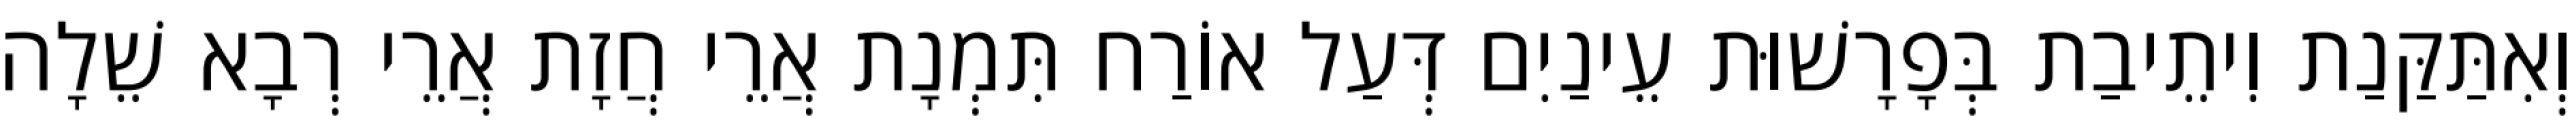
וְאִתַּקַּנַת וִיתֵיבַת בְּפָרָשׁוּת עֵינַיִם דְּעַל אוֹרַח תִּמְנָת אֲרֵי חֲזָת אֲרֵי רְבָא שֵׁלָה